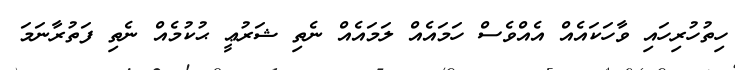
ހިތުހުރިހައި ވާހަކައެއް އެއްވެސް ހަމައެއް ލަމައެއް ނެތި ޝަރުޢީ ޙުކުމެއް ނެތި ފަތުރާނަމަ